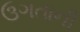
ઉગતાની